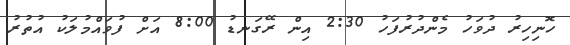
ހޮނިހިރު ދުވަހު މެންދުރުފަހު 2:30 އިން ރޭގަނޑު 8:00 އަށް ފުވައްމުލަކު އުތުރު